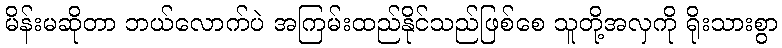
မိန်းမဆိုတာ ဘယ်လောက်ပဲ အကြမ်းထည်နိုင်သည်ဖြစ်စေ သူတို့အလှကို ရိုးသားစွာ